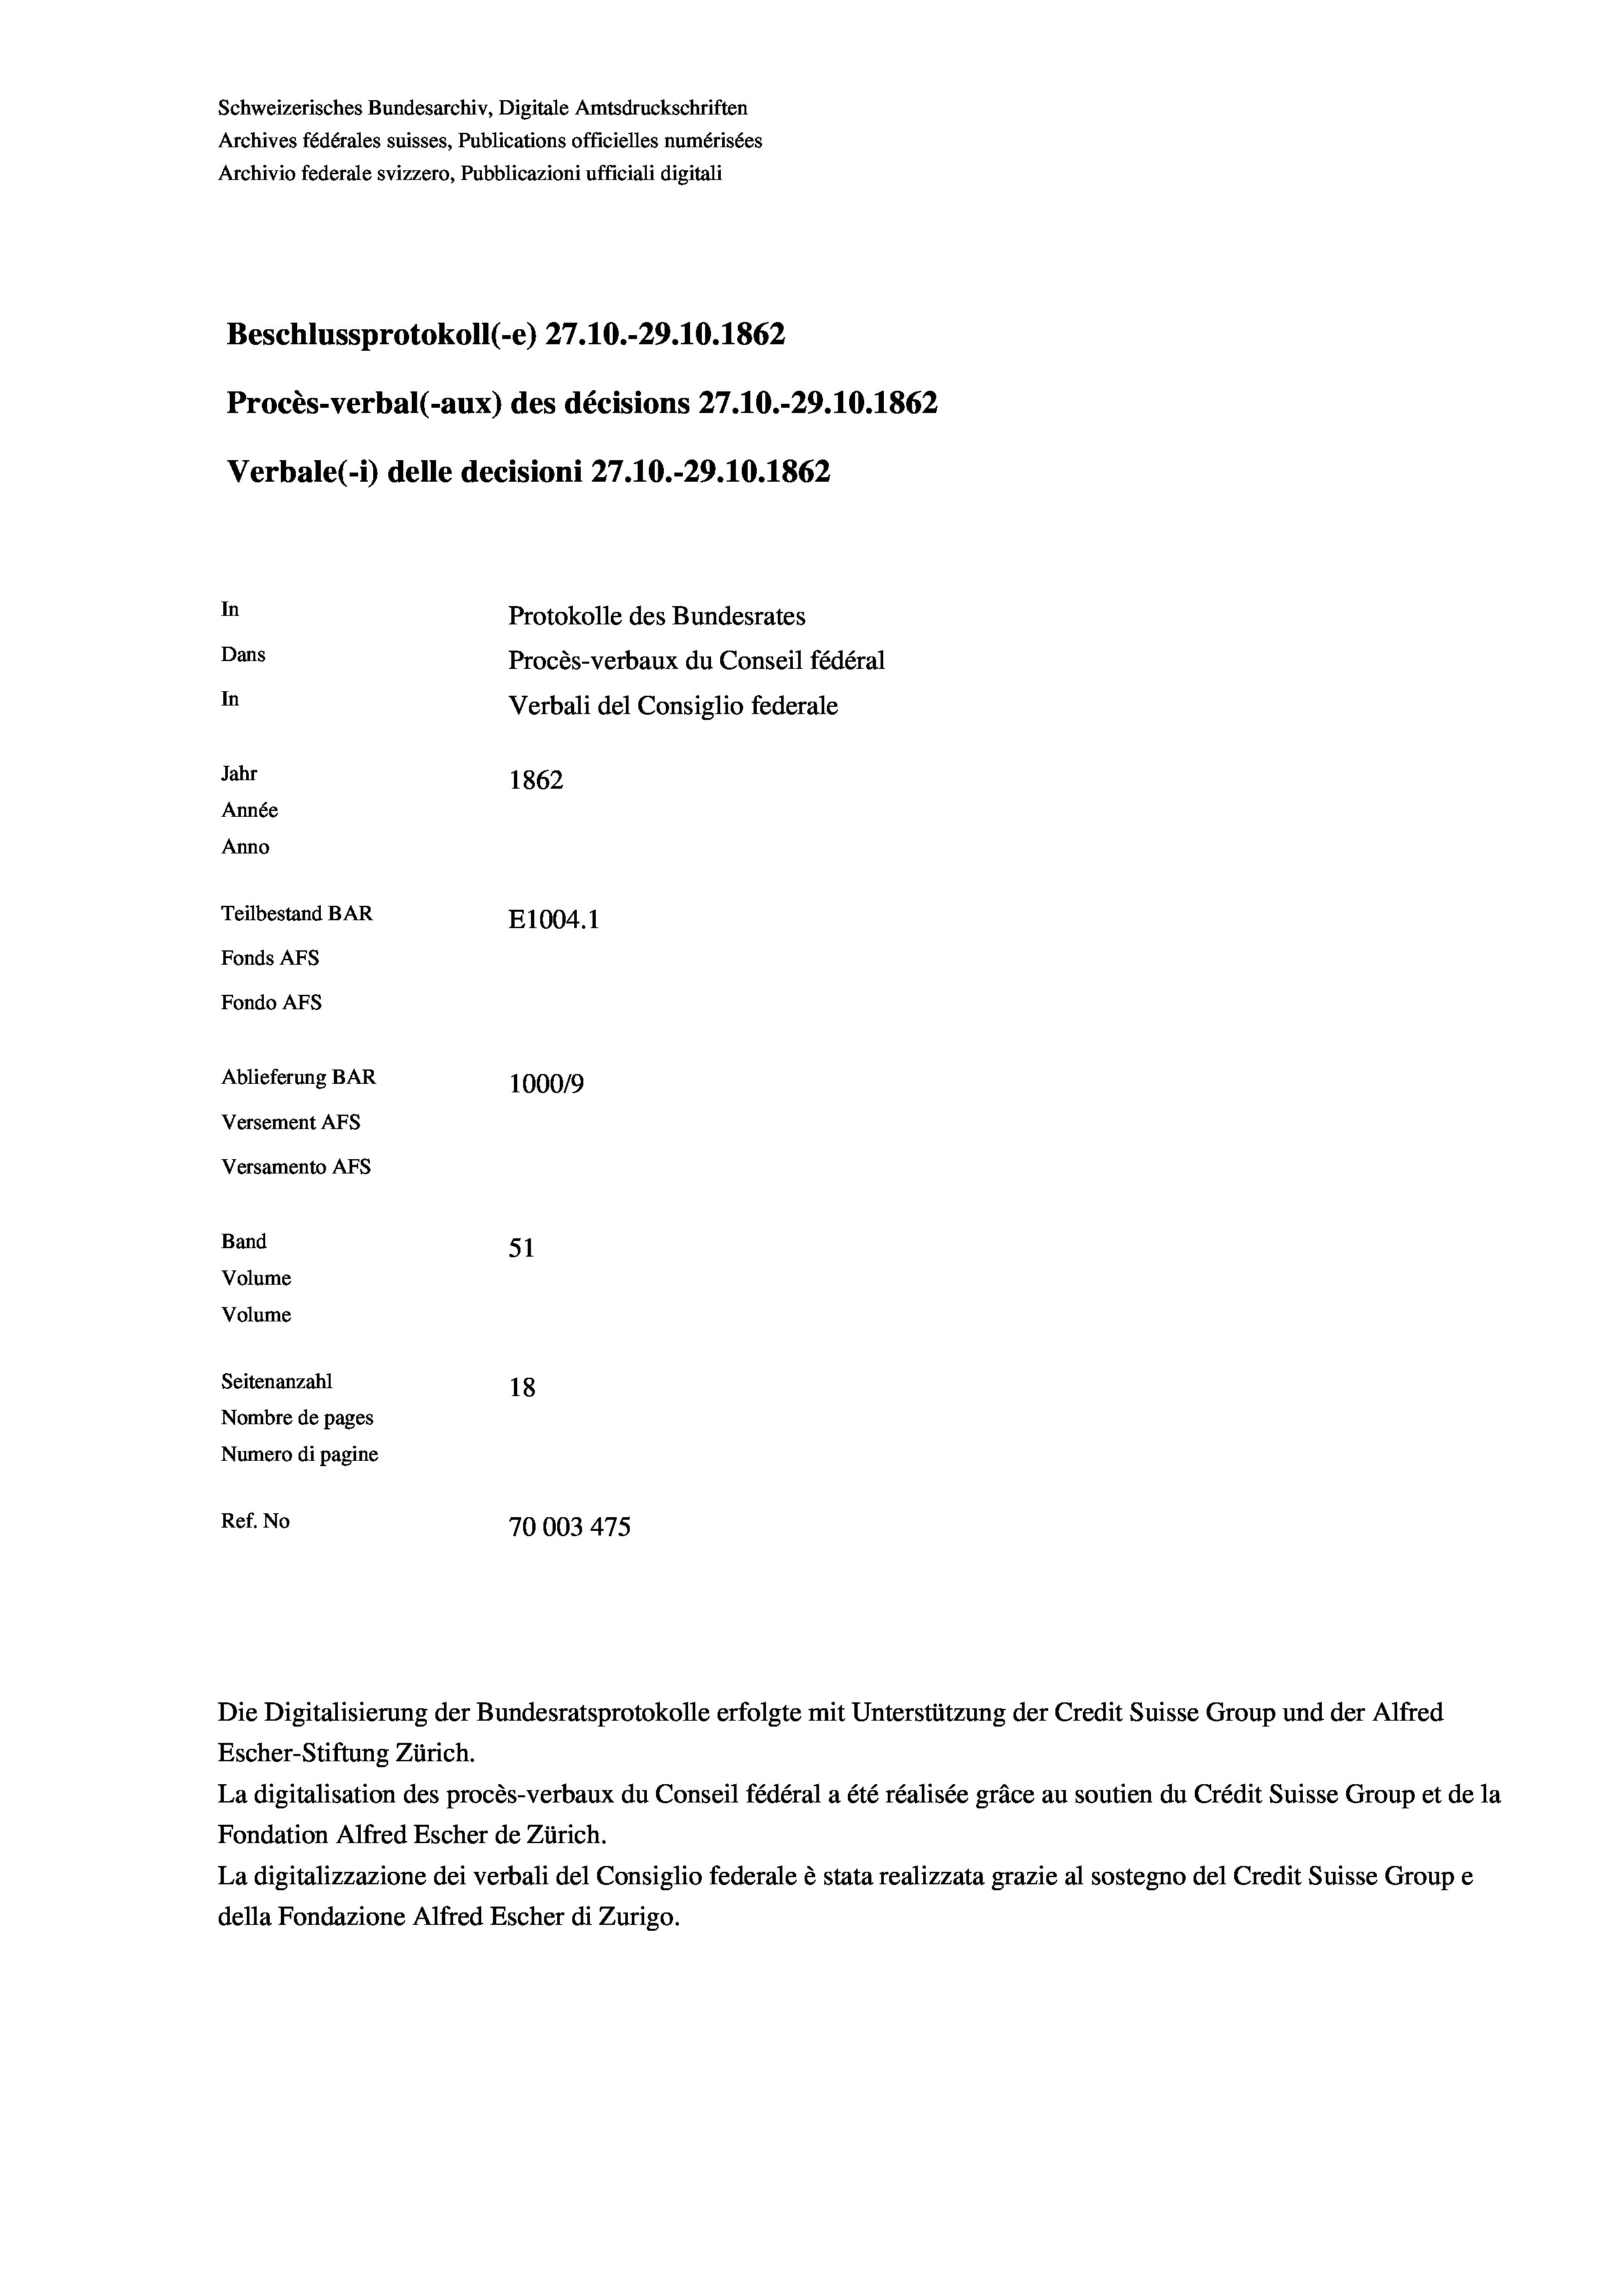
Schweizerisches Bundesarchiv, Digitale Amtsdruckschriften
Archives fédérales suisses, Publications officielles numérisées
Archivio federale svizzero, Pubblicazioni ufficiali digitali
Beschlussprotokoll (-e) 27.10.-29.10.1862
Procès-verbal (-aux) des décisions 27.10.-29.10.1862
Verbale(-*) delle decisioni 27.10.-29.10.1862
In
Protokolle des Bundesrates
Dans
Procès-verbaux du Conseil fédéral
In
Verbali del Consiglio federale
Jahr
1862
Année
Anno
Teilbestand BAR
E1004. 1
Fonds AFs
Fondo AFs
Ablieferung BAR
100019
Versement AFs
Versamento AFs
Band
51
Volume
Volume
Seitenanzahl
18
Nombre de pages
Numero di pagine
Ref. No
70003 475

Die Digitalisierung der Bundesratsprotokolle erfolgte mit Unterstützung der Credit Suisse Group und der Alfred
Escher-Stiftung Zürich.
La digitalisation des procès-verbaux du Conseil fédéral a été réalisée gräce au soutien du Crédit Suisse Group et de la
Fondation Alfred Escher de Zürich.
La digitalizzazione dei verbali del Consiglio federale è stata realizzata grazie al sostegno del Credit Suisse Groupe
della Fondazione Alfred Escher di Zurigo.